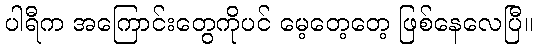
ပါရီက အကြောင်းတွေကိုပင် မေ့တေ့တေ့ ဖြစ်နေလေပြီ။